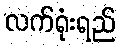
လက်ရုံးရည်